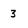
Character: 3